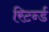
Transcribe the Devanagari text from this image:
रिटर्न्ड